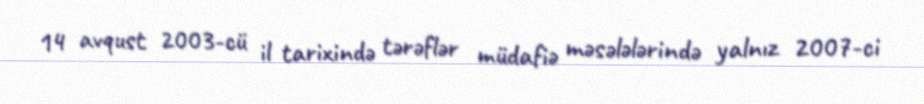
14 avqust 2003-cü il tarixində tərəflər müdafiə məsələlərində yalnız 2007-ci